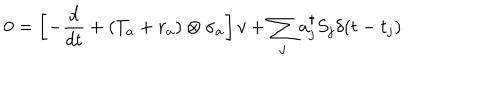
0 = \left[ - { \frac { d } { d t } } + ( { T _ { a } } + { r _ { a } } ) \otimes { \sigma _ { a } } \right] v + \sum _ { j } a _ { j } ^ { \dagger } S _ { j } \delta ( t - t _ { j } )